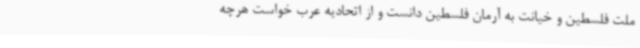
ملت فلسطین و خیانت به آرمان فلسطین دانست و از اتحادیه عرب خواست هرچه